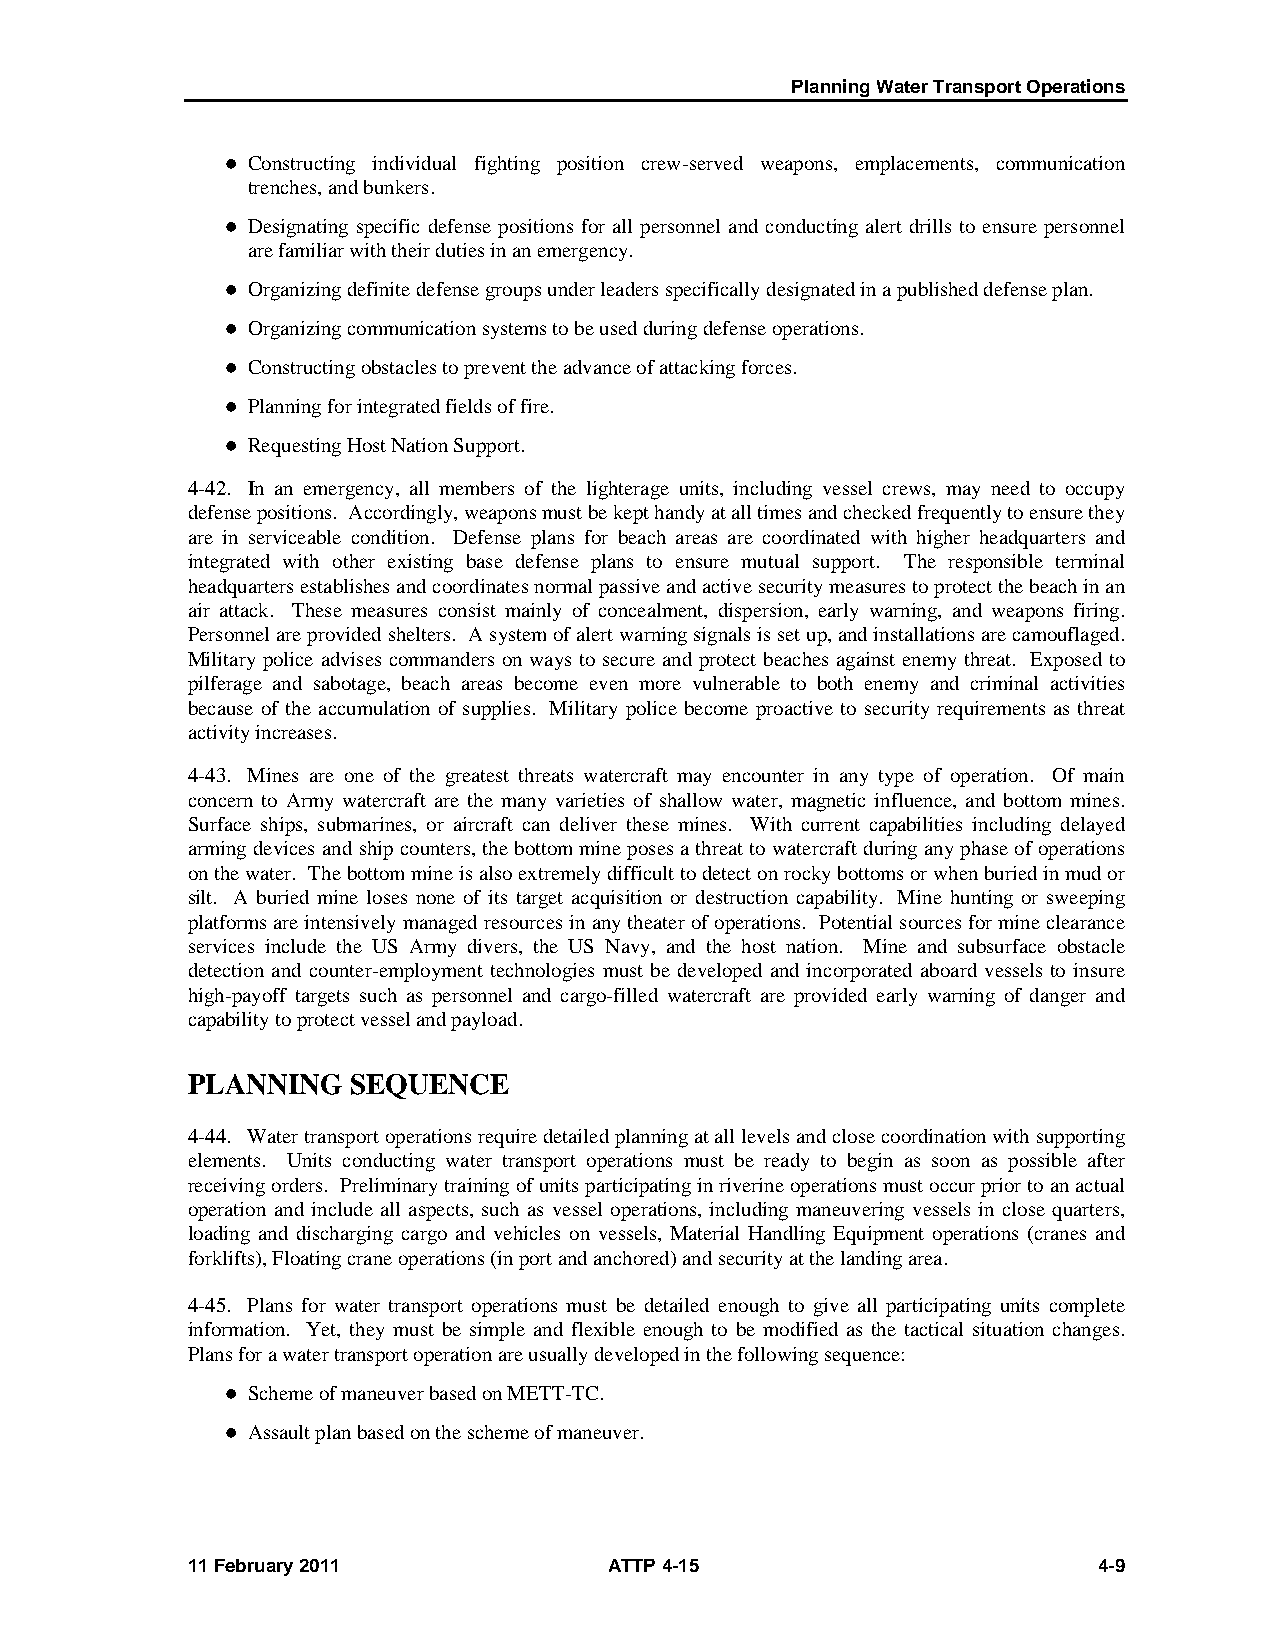
Planning Water Transport Operations
  Constructing individual fighting position crew-served weapons, emplacements, communication
 trenches, and bunkers.
  Designating specific defense positions for all personnel and conducting alert drills to ensure personnel
 are familiar with their duties in an emergency.
  Organizing definite defense groups under leaders specifically designated in a published defense plan.
  Organizing communication systems to be used during defense operations.
  Constructing obstacles to prevent the advance of attacking forces.
  Planning for integrated fields of fire.
  Requesting Host Nation Support.
 4-42. In an emergency, all members of the lighterage units, including vessel crews, may need to occupy
 defense positions. Accordingly, weapons must be kept handy at all times and checked frequently to ensure they
 are in serviceable condition. Defense plans for beach areas are coordinated with higher headquarters and
 integrated with other existing base defense plans to ensure mutual support. The responsible terminal
 headquarters establishes and coordinates normal passive and active security measures to protect the beach in an
 air attack. These measures consist mainly of concealment, dispersion, early warning, and weapons firing.
 Personnel are provided shelters. A system of alert warning signals is set up, and installations are camouflaged.
 Military police advises commanders on ways to secure and protect beaches against enemy threat. Exposed to
 pilferage and sabotage, beach areas become even more vulnerable to both enemy and criminal activities
 because of the accumulation of supplies. Military police become proactive to security requirements as threat
 activity increases.
 4-43. Mines are one of the greatest threats watercraft may encounter in any type of operation. Of main
 concern to Army watercraft are the many varieties of shallow water, magnetic influence, and bottom mines.
 Surface ships, submarines, or aircraft can deliver these mines. With current capabilities including delayed
 arming devices and ship counters, the bottom mine poses a threat to watercraft during any phase of operations
 on the water. The bottom mine is also extremely difficult to detect on rocky bottoms or when buried in mud or
 silt. A buried mine loses none of its target acquisition or destruction capability. Mine hunting or sweeping
 platforms are intensively managed resources in any theater of operations. Potential sources for mine clearance
 services include the US Army divers, the US Navy, and the host nation. Mine and subsurface obstacle
 detection and counter-employment technologies must be developed and incorporated aboard vessels to insure
 high-payoff targets such as personnel and cargo-filled watercraft are provided early warning of danger and
 capability to protect vessel and payload.
 PLANNING   SEQUENCE
 4-44. Water transport operations require detailed planning at all levels and close coordination with supporting
 elements. Units conducting water transport operations must be ready to begin as soon as possible after
 receiving orders. Preliminary training of units participating in riverine operations must occur prior to an actual
 operation and include all aspects, such as vessel operations, including maneuvering vessels in close quarters,
 loading and discharging cargo and vehicles on vessels, Material Handling Equipment operations (cranes and
 forklifts), Floating crane operations (in port and anchored) and security at the landing area.
 4-45. Plans for water transport operations must be detailed enough to give all participating units complete
 information. Yet, they must be simple and flexible enough to be modified as the tactical situation changes.
 Plans for a water transport operation are usually developed in the following sequence:
  Scheme of maneuver based on METT-TC.
  Assault plan based on the scheme of maneuver.
 11 February 2011            ATTP 4-15                        4-9